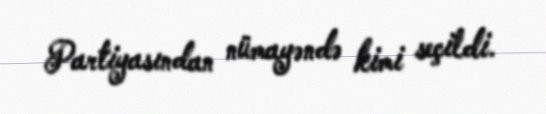
Partiyasından nümayəndə kimi seçildi.